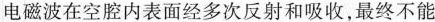
电磁波在空腔内表面经多次反射和吸收，最终不能